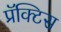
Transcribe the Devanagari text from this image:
प्रॅक्‍टिस